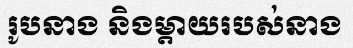
រូបនាង និងម្តាយរបស់នាង